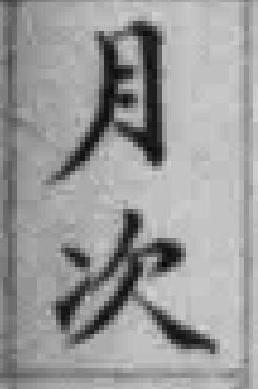
月次